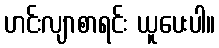
ဟင်းလျာစာရင်း ယူပေးပါ။